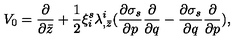
V _ { 0 } = { \frac { \partial } { \partial \bar { z } } } + { \frac { 1 } { 2 } } \xi _ { i } ^ { s } \lambda _ { , \bar { z } } ^ { i } ( { \frac { \partial \sigma _ { s } } { \partial p } } { \frac { \partial } { \partial q } } - { \frac { \partial \sigma _ { s } } { \partial q } } { \frac { \partial } { \partial p } } ) ,